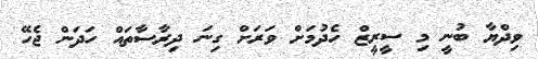
ވިދްޔާ ބުނީ މި ސީރީޒް ހެދުމަށް ވަރަށް ގިނަ ދިރާސާތައް ހަދަން ޖެހޭ